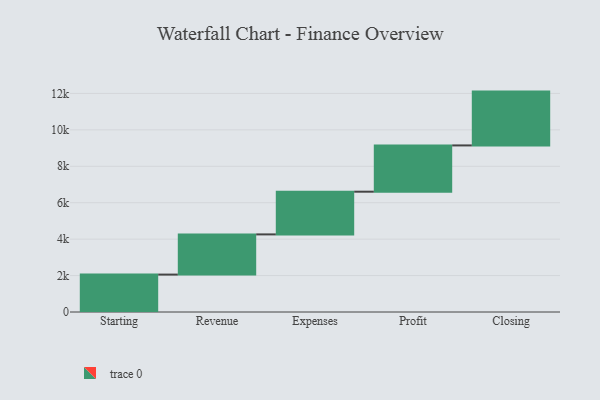
{"axis": {"x": "Step", "y": "Value"}, "legend": [""], "data": [{"x": "Starting", "y": 2054.0, "type": ""}, {"x": "Revenue", "y": 2206.0, "type": ""}, {"x": "Expenses", "y": 2345.0, "type": ""}, {"x": "Profit", "y": 2540.0, "type": ""}, {"x": "Closing", "y": 2955.0, "type": ""}]}